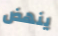
ينهض